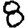
Digit: 8